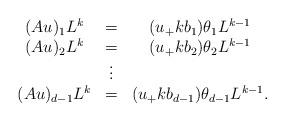
LaTeX: \begin{align*} \begin{array}{ccc} (Au)_1 L^k & = & (u_{+}k b_1) \theta_{1} L^{k-1} \\(Au)_2 L^k & = & (u_{+} k b_2) \theta_{2} L^{k-1} \\ & \vdots\\(Au)_{d-1} L^k & = & ( u_{+} k b_{d-1} )\theta_{d-1} L^{k-1}.\end{array}\end{align*}